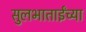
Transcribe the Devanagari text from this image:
सुलभाताईंच्या